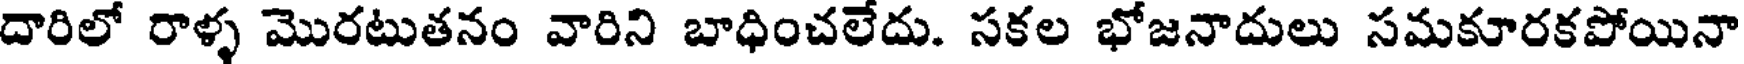
దారిలో రాళ్ళ మొరటుతనం వారిని బాధించలేదు. సకల భోజనాదులు సమకూరకపోయినా